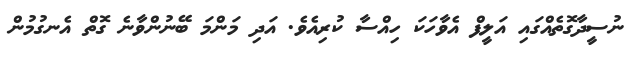
ނުސީދާގޮތެއްގައި އަލީފް އެވާހަކަ ހިއްސާ ކުރިއެވެ. އަދި މަންމަ ބޭނުންވާނެ ގޮތް އެނގުމުން